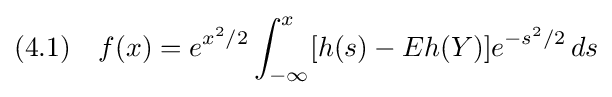
(4.1)\quad f(x)=e^{x^{2}/2}\int _{-\infty }^{x}[h(s)-Eh(Y)]e^{-s^{2}/2}\,ds